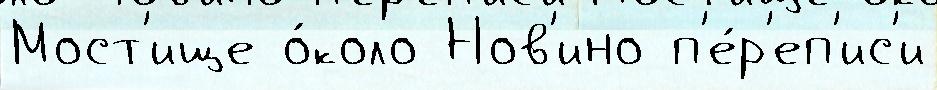
Мост'ище о́коло Нов'ино п'е́р'еп'ис'и